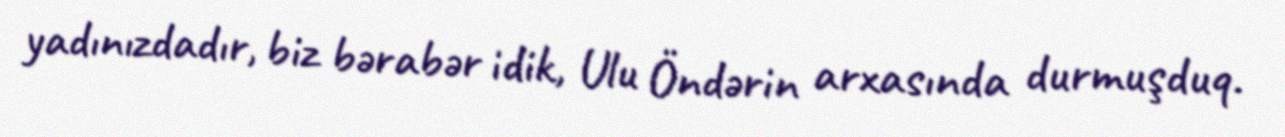
yadınızdadır, biz bərabər idik, Ulu Öndərin arxasında durmuşduq.